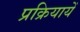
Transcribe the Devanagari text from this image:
प्रक्रियायेँ